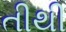
તીથી